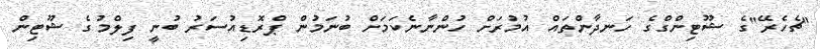
"ޗެހެރޭ"ގެ ޝޫޓިންގްގެ ހަނދާންތައް އުމުރަށް ހުންނާނެކަމަށް ބުނަމުން ޕްރޮޑިއުސަރު ބުނީ ފިލްމުގެ ޝޫޓިން